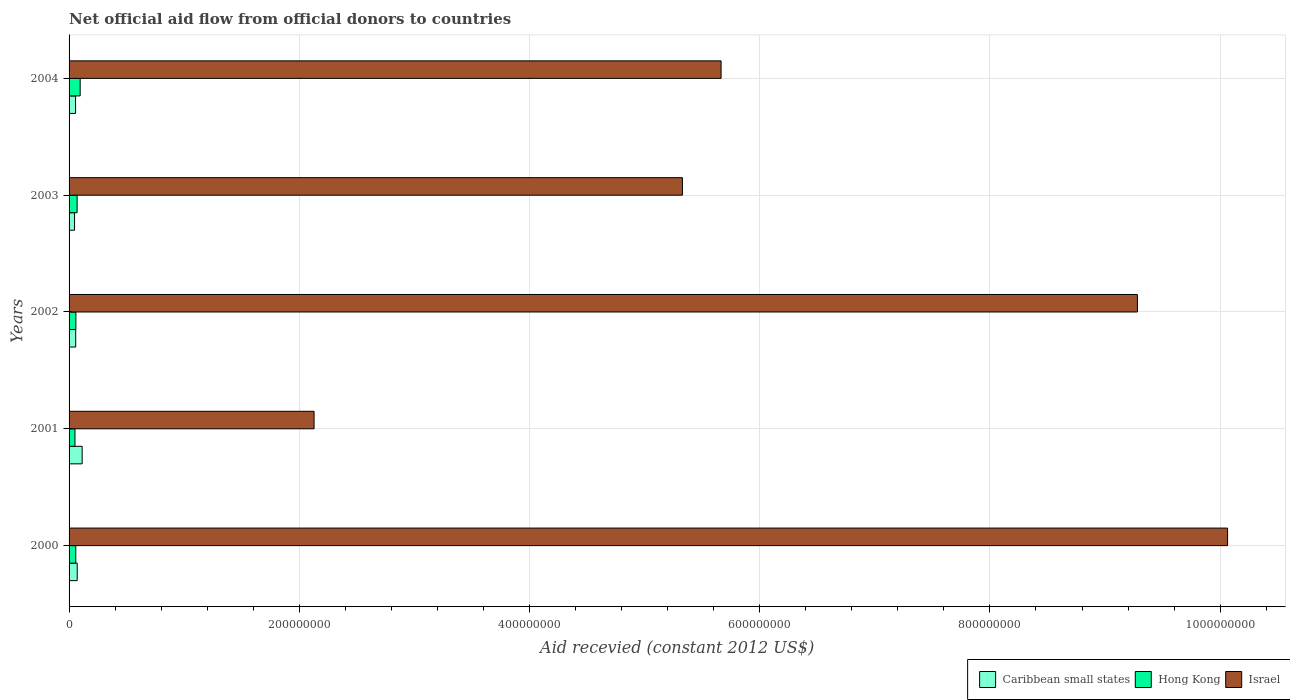
| Years | Caribbean small states | Hong Kong | Israel |
 | --- | --- | --- | --- |
 | 2000 | 7.08e+06 | 5.83e+06 | 1.01e+09 |
 | 2001 | 1.14e+07 | 5.12e+06 | 2.13e+08 |
 | 2002 | 5.78e+06 | 5.92e+06 | 9.28e+08 |
 | 2003 | 4.76e+06 | 6.99e+06 | 5.33e+08 |
 | 2004 | 5.66e+06 | 9.65e+06 | 5.66e+08 |